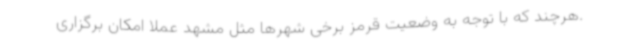
.هرچند که با توجه به وضعیت قرمز برخی شهرها مثل مشهد عملا امکان برگزاری